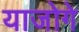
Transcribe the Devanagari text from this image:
याजोगे